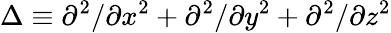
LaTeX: \Delta\equiv\partial^{2}/\partial x^{2}+\partial^{2}/\partial y^{2}+\partial^{2}/\partial z^{2}